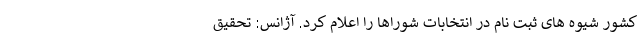
کشور شیوه های ثبت نام در انتخابات شوراها را اعلام کرد. آژانس: تحقیق